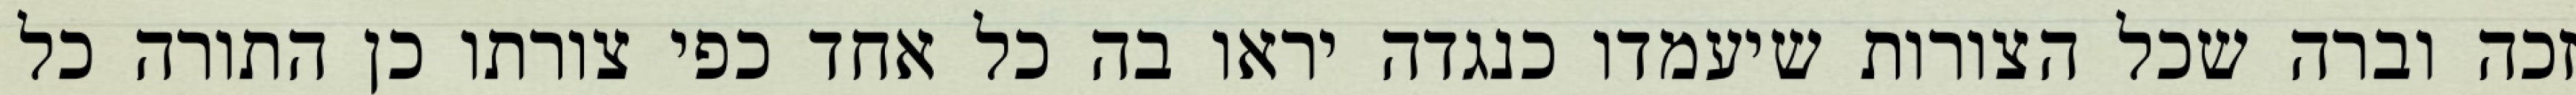
זכה וברה שכל הצורות שיעמדו כנגדה יראו בה כל אחד כפי צורתו כן התורה כל